Lunatic asylums Punjab 1881-1894 - 1881-1894
Year: 1881
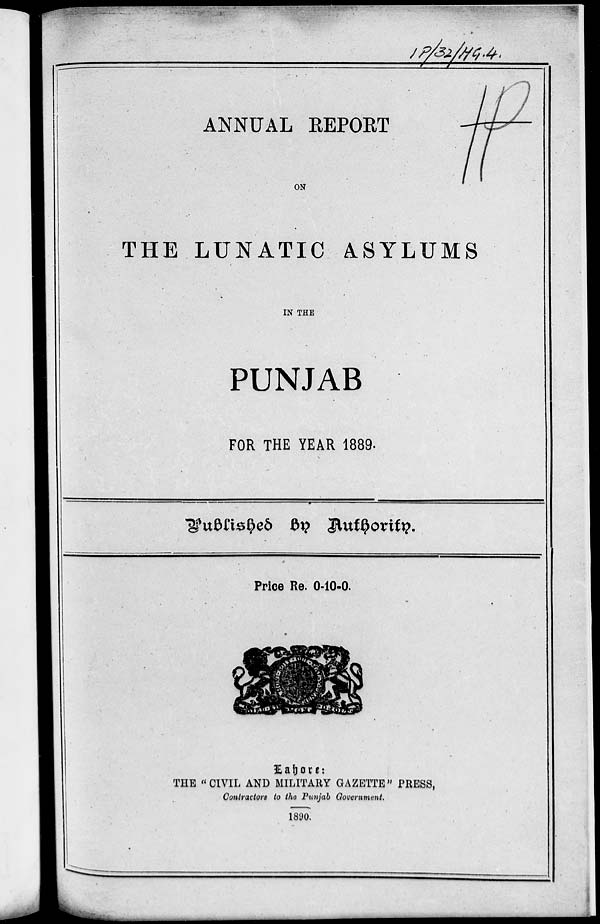
ANNUAL REPORT
ON
THE LUNATIC ASYLUMS
IN THE
PUNJAB
FOR THE YEAR 1889.
Published by Authority.
Price Re. 0-10-0.
Lahore:
THE "CIVIL AND MILITARY GAZETTE" PRESS,
Contractors to the Punjab Government.
1890.